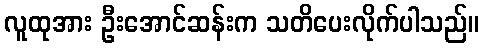
လူထုအား ဦးအောင်ဆန်းက သတိပေးလိုက်ပါသည်။